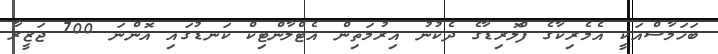
ބަހަމާސްއަކީ އެމެރިކާގެ ފްލޮރިޑާގެ ދެކުނު އިރުމަތިން އެޓްލާންޓިކް ކަނޑުގައި އޮންނަ 700 ޖަޒީރާ